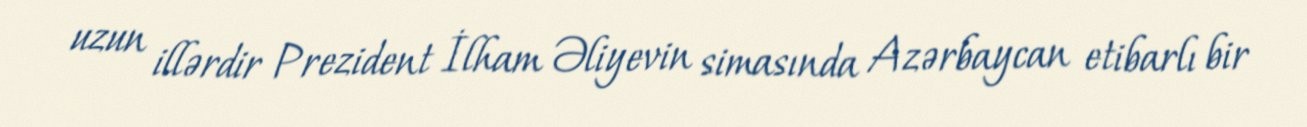
uzun illərdir Prezident İlham Əliyevin simasında Azərbaycan etibarlı bir